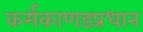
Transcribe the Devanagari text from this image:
कर्मकाणडप्रधान